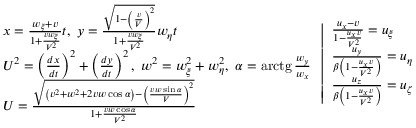
{ \begin{array} { l } { x = { \frac { w _ { \xi } + v } { 1 + { \frac { v w _ { \xi } } { V ^ { 2 } } } } } t , \ y = { \frac { \sqrt { 1 - \left( { \frac { v } { V } } \right) ^ { 2 } } } { 1 + { \frac { v w _ { \xi } } { V ^ { 2 } } } } } w _ { \eta } t } \\ { U ^ { 2 } = \left( { \frac { d x } { d t } } \right) ^ { 2 } + \left( { \frac { d y } { d t } } \right) ^ { 2 } , \ w ^ { 2 } = w _ { \xi } ^ { 2 } + w _ { \eta } ^ { 2 } , \ \alpha = \operatorname { a r c t g } { \frac { w _ { y } } { w _ { x } } } } \\ { U = { \frac { \sqrt { \left( v ^ { 2 } + w ^ { 2 } + 2 v w \cos \alpha \right) - \left( { \frac { v w \sin \alpha } { V } } \right) ^ { 2 } } } { 1 + { \frac { v w \cos \alpha } { V ^ { 2 } } } } } } \end{array} } \left| { \begin{array} { l } { { \frac { u _ { x } - v } { 1 - { \frac { u _ { x } v } { V ^ { 2 } } } } } = u _ { \xi } } \\ { { \frac { u _ { y } } { \beta \left( 1 - { \frac { u _ { x } v } { V ^ { 2 } } } \right) } } = u _ { \eta } } \\ { { \frac { u _ { z } } { \beta \left( 1 - { \frac { u _ { x } v } { V ^ { 2 } } } \right) } } = u _ { \zeta } } \end{array} } \right.